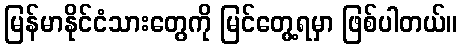
မြန်မာနိုင်ငံသားတွေကို မြင်တွေ့ရမှာ ဖြစ်ပါတယ်။